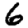
Digit: 6